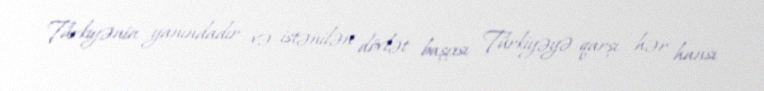
Türkiyənin yanındadır və istənilən dövlət başçısı Türkiyəyə qarşı hər hansı